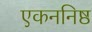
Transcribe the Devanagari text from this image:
एकननिष्ठ